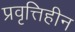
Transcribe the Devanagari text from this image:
प्रवृत्तिहीन